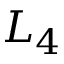
L _ { 4 }